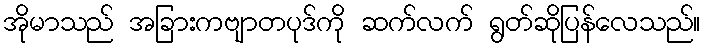
အိုမာသည် အခြားကဗျာတပုဒ်ကို ဆက်လက် ရွတ်ဆိုပြန်လေသည်။